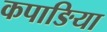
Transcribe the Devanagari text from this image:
कपाङिया